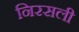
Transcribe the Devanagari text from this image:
निरसली